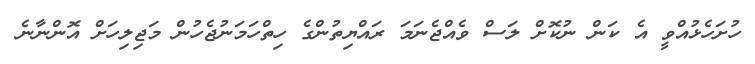
ހުށަހެޅުއްވީ އެ ކަން ނުކޮށް ލަސް ވެއްޖެނަމަ ރައްޔިތުންގެ ހިތްހަމަނުޖެހުން މަޖިލިހަށް އޮންނާނެ